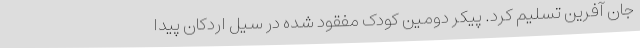
جان آفرین تسلیم کرد. پیکر دومین کودک مفقود شده در سیل اردکان پیدا